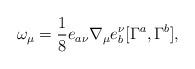
LaTeX: \begin{align*}\omega_{\mu}=\frac{1}{8}e_{a\nu}\nabla_\mu e^\nu_b[\Gamma^a,\Gamma^b],\end{align*}